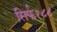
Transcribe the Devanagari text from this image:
सिर्फ१८८